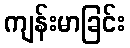
ကျန်းမာခြင်း